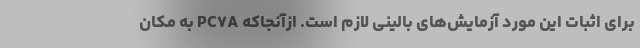
برای اثبات این مورد آزمایش‌های بالینی لازم است. ازآنجاکه PC۷A به مکان